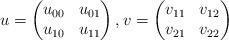
LaTeX: \begin{align*} u = \begin{pmatrix} u_{00} & u_{01} \\ u_{10} & u_{11} \end{pmatrix}, v = \begin{pmatrix} v_{11} & v_{12} \\ v_{21} & v_{22} \end{pmatrix}\end{align*}